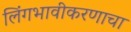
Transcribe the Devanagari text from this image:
लिंगभावीकरणाचा